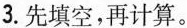
3.先填空，再计算。